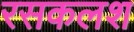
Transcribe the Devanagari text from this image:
रसकलश